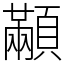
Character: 顢